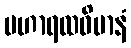
မဟာရထဝိမာနံ